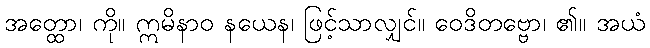
အတ္ထော၊ ကို။ ဣမိနာဝ နယေန၊ ဖြင့်သာလျှင်။ ဝေဒိတဗ္ဗော၊ ၏။ အယံ